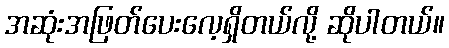
အဆုံးအဖြတ်ပေးလေ့ရှိတယ်လို့ ဆိုပါတယ်။